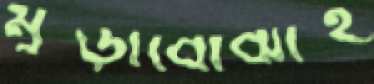
মুড়াবোঝাই